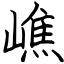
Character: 嶕